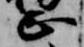
正